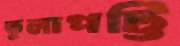
তুলাপট্টি